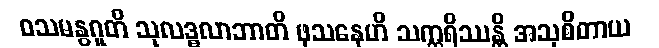
ဝသမနွဂူတိ သုလဒ္ဓလာဘာတိ ဖုသနေဟိ သက္ကရိဿန္တိ အသုစိတာယ